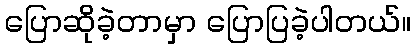
ပြောဆိုခဲ့တာမှာ ပြောပြခဲ့ပါတယ်။